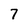
Character: 7